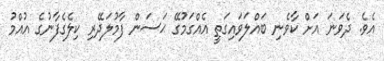
އެވެ. ދެވަނަ އަށް ކާވެނި ބައްލަވައިގަތީ އެއްގަމުގޭ ޙަސަން ފާމުލަދޭރި ކިލެގެފާނުގެ އުއްމު